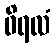
ဝိရလံ